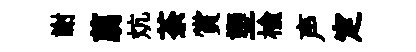
謝翦炕荼賞塑榆声定